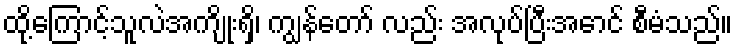
ထို့ကြောင့်သူလဲအကျိုးရှိ၊ ကျွန်တော် လည်း အလုပ်ပြီးအောင် စီမံသည်။